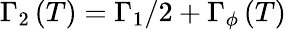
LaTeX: \Gamma_{2}\left(T\right)=\Gamma_{1}/2+\Gamma_{\phi}\left(T\right)